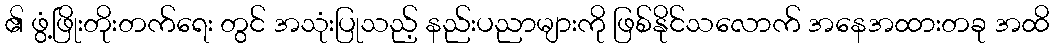
၏ ဖွံ့ဖြိုးတိုးတက်ရေး တွင် အသုံးပြုသည့် နည်းပညာများကို ဖြစ်နိုင်သလောက် အနေအထားတခု အထိ